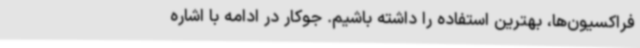
فراکسیون‌ها، بهترین استفاده را داشته باشیم. جوکار در ادامه با اشاره